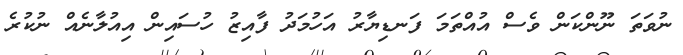
ނުވަތަ ނޫންކަން ވެސް އުއްތަމަ ފަނޑިޔާރު އަހުމަދު ފާއިޒު ހުސައިން އިއުލާނެއް ނުކުރެ